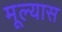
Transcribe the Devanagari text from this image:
मूल्यास